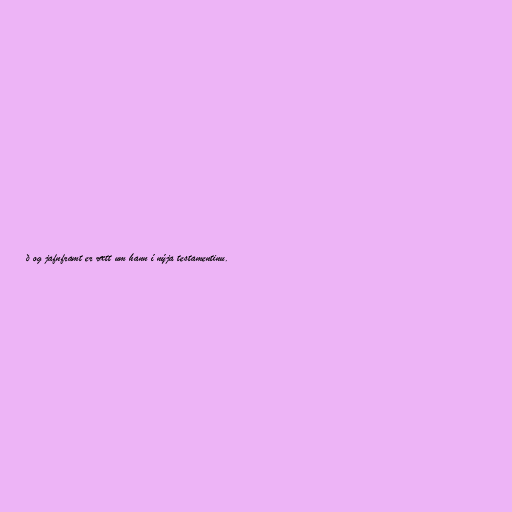
ð og jafnframt er rætt um hann í nýja testamentinu.